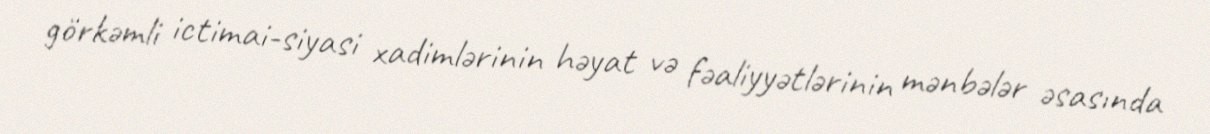
görkəmli ictimai-siyasi xadimlərinin həyat və fəaliyyətlərinin mənbələr əsasında